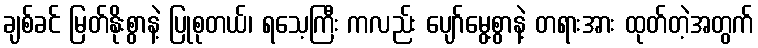
ချစ်ခင် မြတ်နိုးစွာနဲ့ ပြုစုတယ်၊ ရသေ့ကြီး ကလည်း ပျော်မွေ့စွာနဲ့ တရားအား ထုတ်တဲ့အတွက်